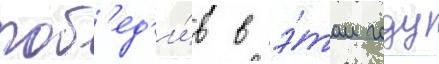
поб'ед'и́в в э́том году